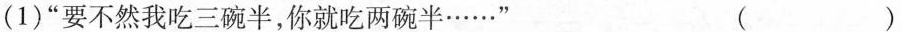
(1)“要不然我吃三碗半，你就吃两碗半……”（）